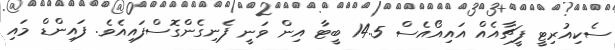
ސެކިއުރިޓީ ފީޗާއެއް އައިއޯއެސް 14.5 ބީޓާ އިން ވަނީ ފެނިގެންގޮސްފައިއެވެ. ފައިންޑް މައި